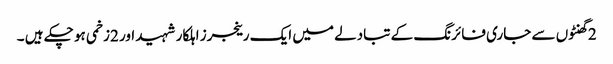
2 گھنٹوں سے جاری فائرنگ کے تبادلے میں ایک رینجرز اہلکار شہید اور 2زخمی ہو چکے ہیں ۔